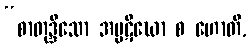
“စာတုဒ္ဒိသော အပ္ပဋိဃော စ ဟောတိ,